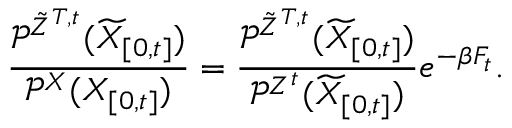
\frac { \mathcal { P } ^ { \tilde { Z } ^ { T , t } } ( \widetilde { X } _ { [ 0 , t ] } ) } { \mathcal { P } ^ { X } ( X _ { [ 0 , t ] } ) } = \frac { \mathcal { P } ^ { \tilde { Z } ^ { T , t } } ( \widetilde { X } _ { [ 0 , t ] } ) } { \mathcal { P } ^ { Z ^ { t } } ( \widetilde { X } _ { [ 0 , t ] } ) } e ^ { - \beta F _ { t } } .